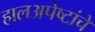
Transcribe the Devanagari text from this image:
हालअपेष्टांचे